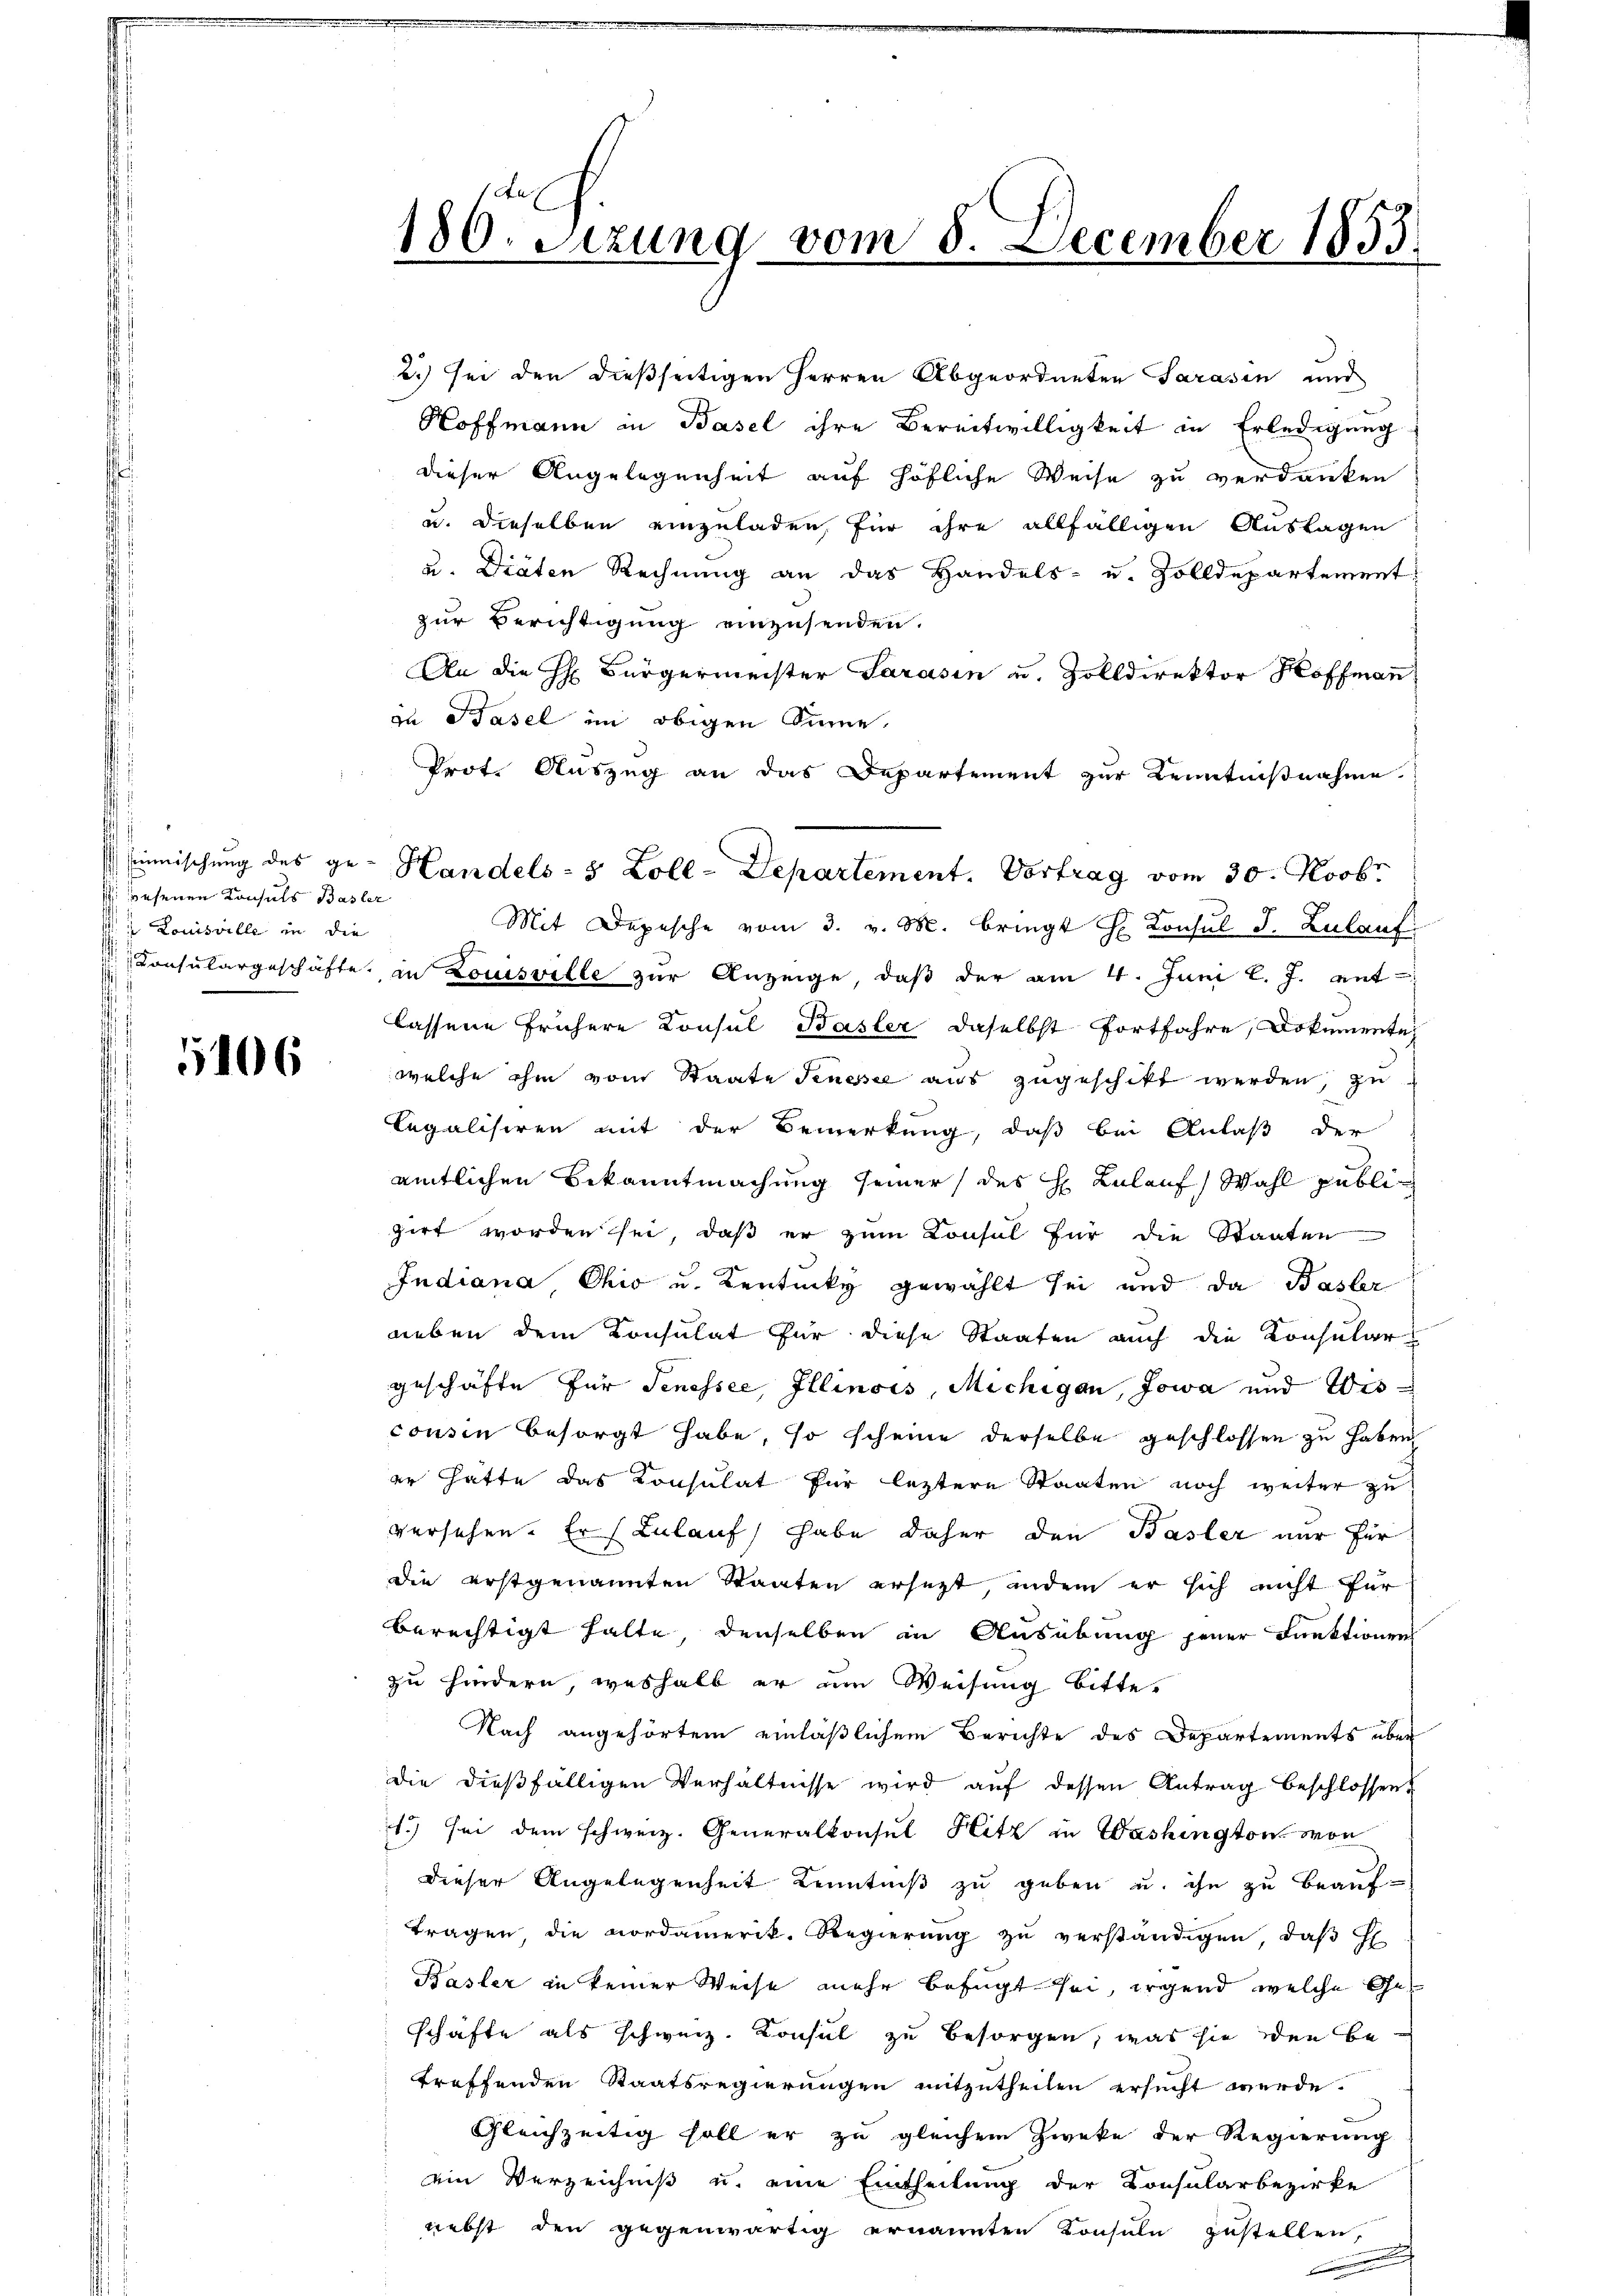
1. wesenen Konsuls Basler
Mi Louisville in die

106

180. Setzung vom 8. December 1853.

2.) sei der dießseitigen Herren Abgeordneten Sarasin und
Hoffmann in Basel ihre Bereitwilligkeit in Erledigung
dieser Angelegenheit auf höfliche Weise zu verdanken
u. dieselben einzuladen, für ihre allfälligen Auslagen
u. Diäten Rechnung an das Handels- u. Zolldepartement
zur Berichtigung einzusenden.
An die H: Bürgermeister Sarasin u. Zolldirektor Hoffmann
zu Basel im obigen Sinne,
Prot. Auszug an das Departement zur Kenntnißnahme.
Mit Depesche vom 3. v. M. bringt H. Konsul J. Zulauf
Consulargeschäfte in Louisville zŭr Anzeige, daβ der am 4. Juni l. J. ent-
lassene frühere Konsul Basler daselbst Fortfahre Dokumente
welche ihm vom Staate Jenessee aus zugeschikt werden, zu
Legalisiren mit der Bemerkung, daß bei Anlaß der
amtlichen Bekanntmachung seiner des H Lulauf Wahl publizirt worden sei, daß er zum Konsul für die Staaten
Indiana, Ohio u. Kenticky gewählt sei und da Basler
neben dem Konsulat für diese Staaten auch die Konsular
geschäfte für Jenessee, Illinois, Michigan, Jowa und Wisconsin besorgt habe, so scheine derselbe geschlossen zu haben,
er hätte das Konsulat für letztere Staaten noch weiter zu
versehen. Er Zulauf habe daher den Basler nur für
die erstgenannten Staaten ersezt, indem er sich nicht für
berechtigt halte, denselben in Ausübung jener Funktionen
zu hindern, weshalb er um Weisung bitte,
Nach angehörtem einläßlichem Berichte des Departements über
die dießfälligen Verhältnisse wird aŭf dessen Antrag beschlossen:
1) sei dem schweiz. Generalkonsul Hitz in Washington von
dieser Angelegenheit Kenntniβ zŭ geben u. ihn zu beauftragen, die Nordamerik. Regierung zu verständigen, daß H
Basler in keiner Weise mehr befugt sei, irgend welche Geschäfte als schweiz. Konsul zu besorgen, was sie den betreffenden Staatsregierungen mitzutheilen ersucht werde.
Gleichzeitig soll er zu gleichem Zwecke der Regierung
ein Verzeichniß u. eine Eintheilung der Consularbezirke
nebst den gegenwärtig ernannten Konsula zustellen,
.

inmischung des ge- Handels- 5 Zoll-Departement. Vortrag vom 30. Novbr